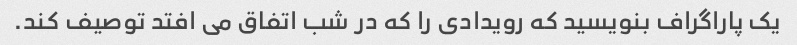
یک پاراگراف بنویسید که رویدادی را که در شب اتفاق می افتد توصیف کند.